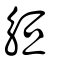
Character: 䚙